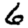
Digit: 6